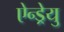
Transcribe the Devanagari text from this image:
ऐन्ड्रेयु